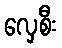
လှေစီး